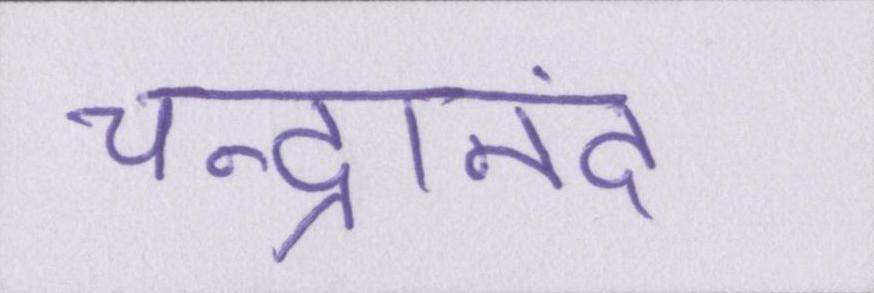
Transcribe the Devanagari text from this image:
चन्द्रानंद